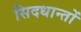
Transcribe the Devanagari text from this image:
सिदधान्‍तों